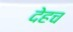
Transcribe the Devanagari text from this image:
देहच